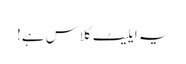
یہ ایلیٹ کلاس ہے!